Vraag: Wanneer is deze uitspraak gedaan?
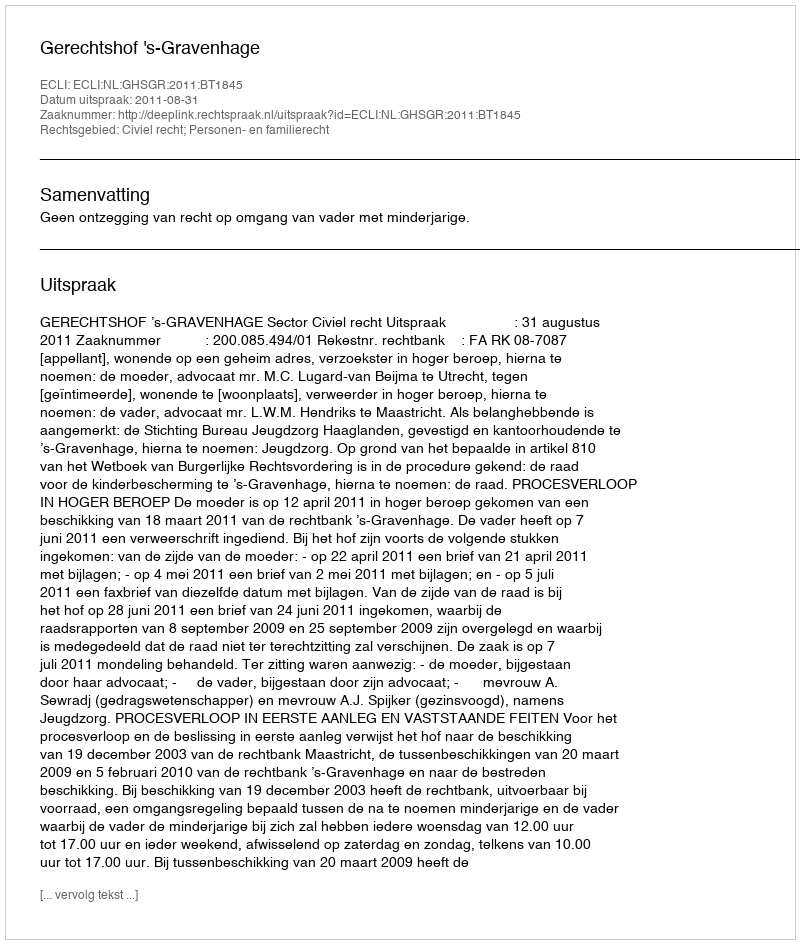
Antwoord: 2011-08-31